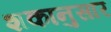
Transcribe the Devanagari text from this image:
शकानुसार